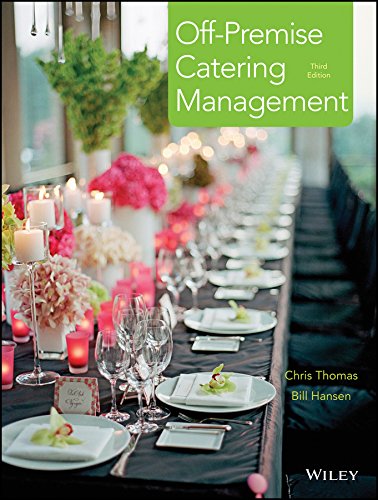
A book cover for Off-Premise Catering Management; Chris Thomas; Cookbooks, Food & Wine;